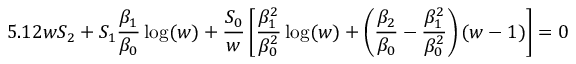
5 . 1 2 w S _ { 2 } + S _ { 1 } \frac { \beta _ { 1 } } { \beta _ { 0 } } \log ( w ) + \frac { S _ { 0 } } { w } \left[ \frac { \beta _ { 1 } ^ { 2 } } { \beta _ { 0 } ^ { 2 } } \log ( w ) + \left( \frac { \beta _ { 2 } } { \beta _ { 0 } } - \frac { \beta _ { 1 } ^ { 2 } } { \beta _ { 0 } ^ { 2 } } \right) ( w - 1 ) \right] = 0